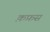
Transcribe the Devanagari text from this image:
क़फ़स